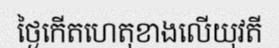
ថ្ងៃកើតហេតុខាងលើយុវតី